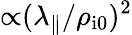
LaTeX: {\propto}(\lambda_{\parallel}/\rho_{\mathrm{i0}})^{2}